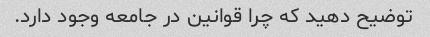
توضیح دهید که چرا قوانین در جامعه وجود دارد.